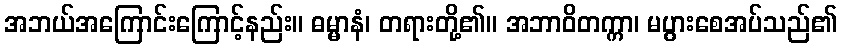
အဘယ်အကြောင်းကြောင့်နည်း။ ဓမ္မာနံ၊ တရားတို့၏။ အဘာဝိတက္ကာ၊ မပွားစေအပ်သည်၏